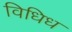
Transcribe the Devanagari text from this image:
विधिध